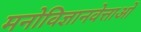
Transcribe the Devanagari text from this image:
मनोविज्ञानवेत्ताओं